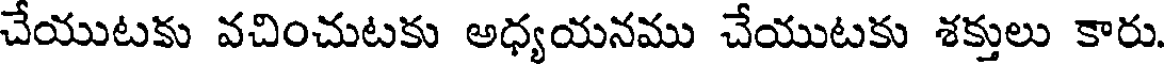
చేయుటకు వచించుటకు అధ్యయనము చేయుటకు శక్తులు కారు.